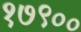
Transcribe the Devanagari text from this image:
१७९००